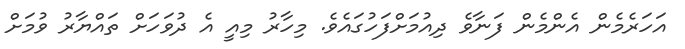
އަހަރެމެން އެންމެން ފަނާވެ ދިއުމަށްފަހުގައެވެ. މިހާރު މިއީ އެ ދުވަހަށް ތައްޔާރު ވުމަށް